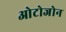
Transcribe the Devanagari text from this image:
ओटोजोन